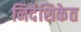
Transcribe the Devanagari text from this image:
निर्देशिकेत